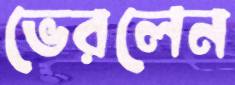
ভেরলেন